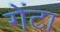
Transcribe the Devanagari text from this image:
गेंटा